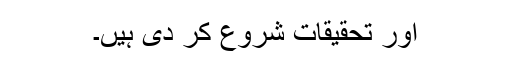
اور تحقیقات شروع کر دی ہیں۔